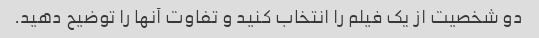
دو شخصیت از یک فیلم را انتخاب کنید و تفاوت آنها را توضیح دهید.